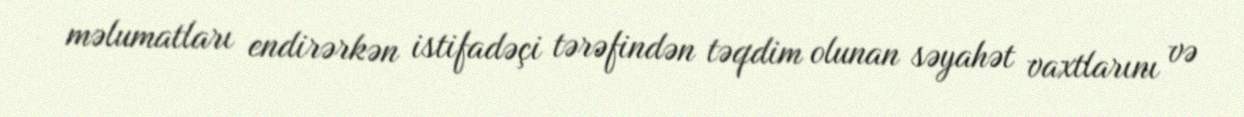
məlumatları endirərkən istifadəçi tərəfindən təqdim olunan səyahət vaxtlarını və